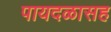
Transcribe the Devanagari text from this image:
पायदळासह